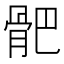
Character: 𩨜